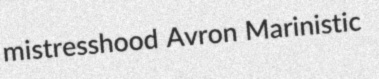
mistresshood Avron Marinistic